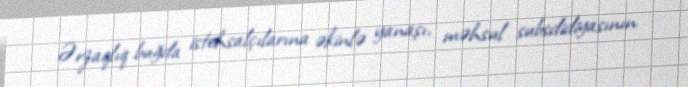
Ərzaqlıq buğda istehsalçılarına əkinlə yanaşı, məhsul subsdidiyasının